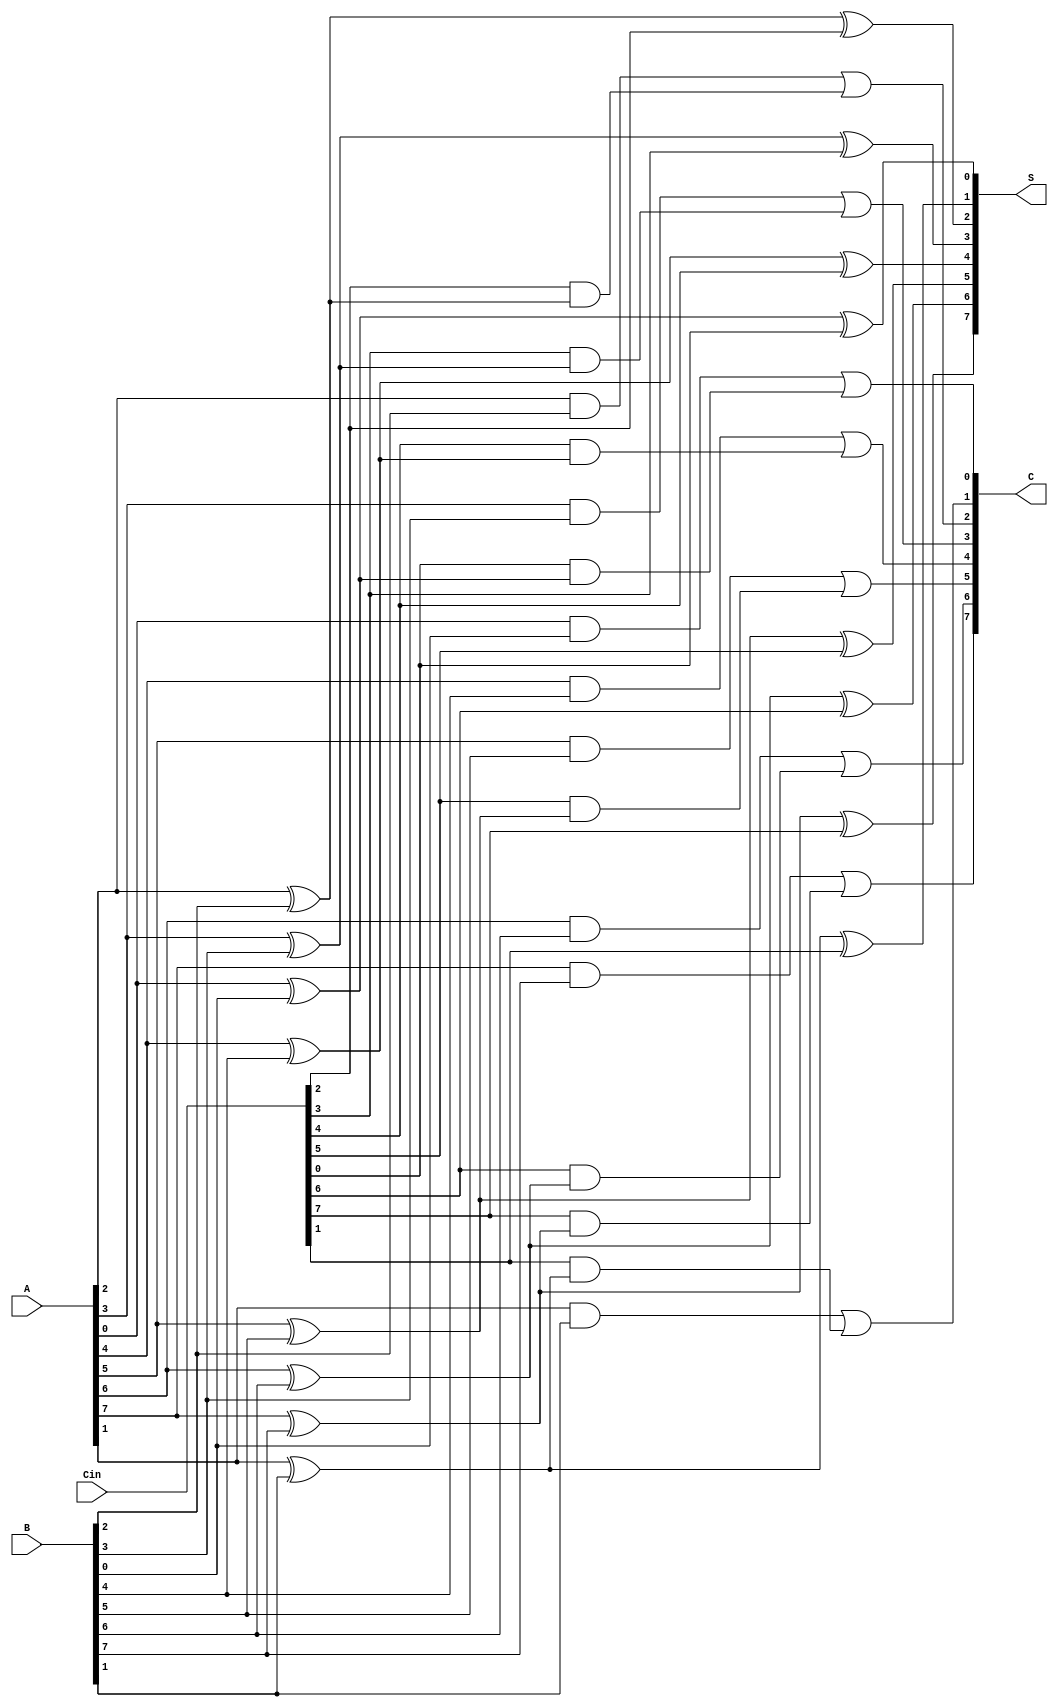
module Dynamic_Carry_Save_Adder #(
    parameter N = 8 // Width of the operands
)(
    input [N-1:0] A,      // First operand
    input [N-1:0] B,      // Second operand
    input [N-1:0] Cin,    // Carry-in
    output [N-1:0] S,     // Sum output
    output [N-1:0] C       // Carry output
);

    wire [N-1:0] P;       // Partial sums (A XOR B)
    wire [N-1:0] G;       // Generated carry bits (A AND B)
    wire [N-1:0] C_temp;  // Temporary carry bits

    // Calculate Partial Sum and Carry
    genvar i;
    generate
        for (i = 0; i < N; i = i + 1) begin : CSA_logic
            assign P[i] = A[i] ^ B[i]; // Partial sum
            assign G[i] = A[i] & B[i]; // Generate carry
            assign C_temp[i] = Cin[i] & P[i]; // Carry from Cin
            assign C[i] = G[i] | C_temp[i]; // Final carry output
            assign S[i] = P[i] ^ Cin[i]; // Final sum output
        end
    endgenerate

endmodule